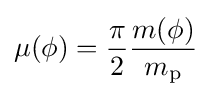
\mu (\phi )={\frac {\pi }{2}}{\frac {m(\phi )}{m_{\mathrm {p} }}}